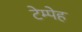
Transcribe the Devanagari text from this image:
टेम्पेह